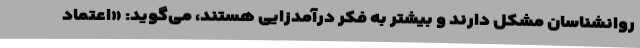
روانشناسان مشکل دارند و بیشتر به فکر درآمدزایی هستند، می‌گوید: «اعتماد